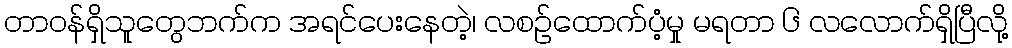
တာဝန်ရှိသူတွေဘက်က အရင်ပေးနေတဲ့၊ လစဉ်ထောက်ပံ့မှု မရတာ ၆ လလောက်ရှိပြီလို့